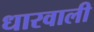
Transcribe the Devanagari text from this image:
धारवाली